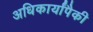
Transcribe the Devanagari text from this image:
अधिकार्यांपैकी